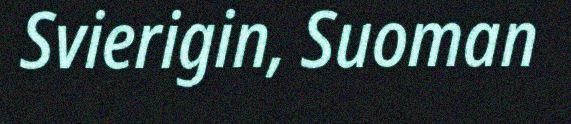
Svierigin, Suoman